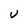
Character: U